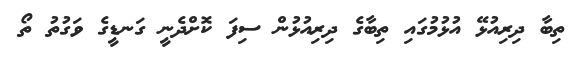
ތިބާ ދިރިއުޅޭ އުޅުމުގައި ތިބާގެ ދިރިއުޅުން ސިފަ ކޮށްދެނީ ގަނޑީގެ ވަގުތު ތޯ